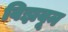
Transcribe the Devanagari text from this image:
विझवून